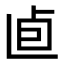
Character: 𠧠